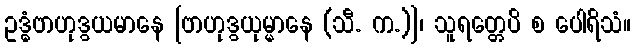
ဥဒ္ဓံဗာဟုဒွယမာနေ [ဗာဟုဒွယုမ္မာနေ (သီ. က.)]၊ သူရတ္တေပိ စ ပေါရိသံ။